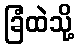
ခြံထဲသို့